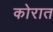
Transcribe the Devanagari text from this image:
कोरात